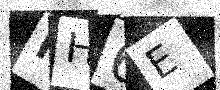
Text: NH6E